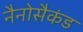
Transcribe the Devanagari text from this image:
नैनोसैकंड